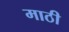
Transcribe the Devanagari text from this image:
माठी